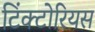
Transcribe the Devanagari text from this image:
टिंक्टोरियस